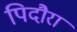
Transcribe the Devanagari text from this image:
पिदौरा